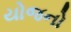
યોજનો